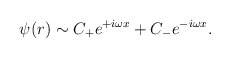
\begin{align*}\psi(r) \sim C_+ e^{+ i \omega x} + C_- e^{-i \omega x}.\end{align*}